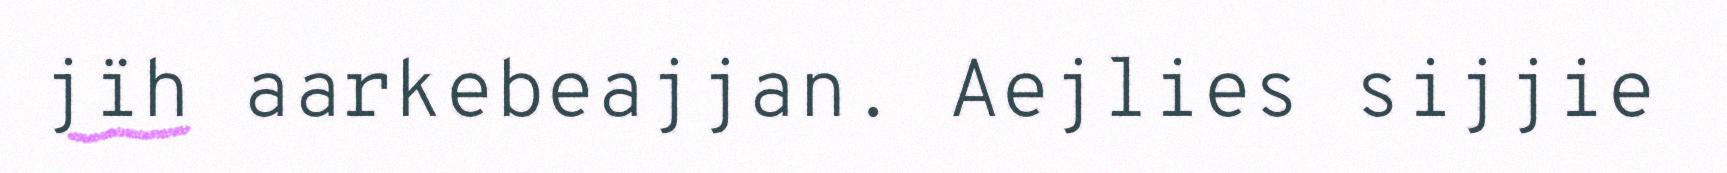
jïh aarkebeajjan. Aejlies sijjie